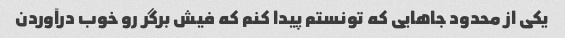
یکی از محدود جاهایی که تونستم پیدا کنم که فیش برگر رو خوب درآوردن